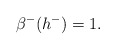
\begin{align*}\beta^-(h^-)=1. \end{align*}